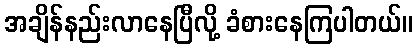
အချိန်နည်းလာနေပြီလို့ ခံစားနေကြပါတယ်။